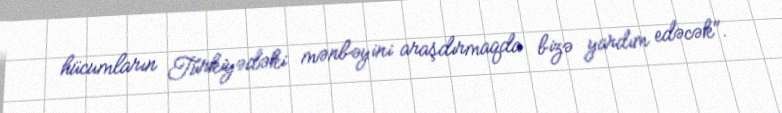
hücumların Türkiyədəki mənbəyini araşdırmaqda bizə yardım edəcək".